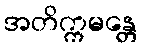
အတိက္ကမန္တေ